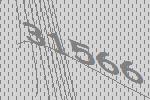
31566